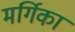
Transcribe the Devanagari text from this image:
मर्गिका